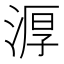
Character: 㴟